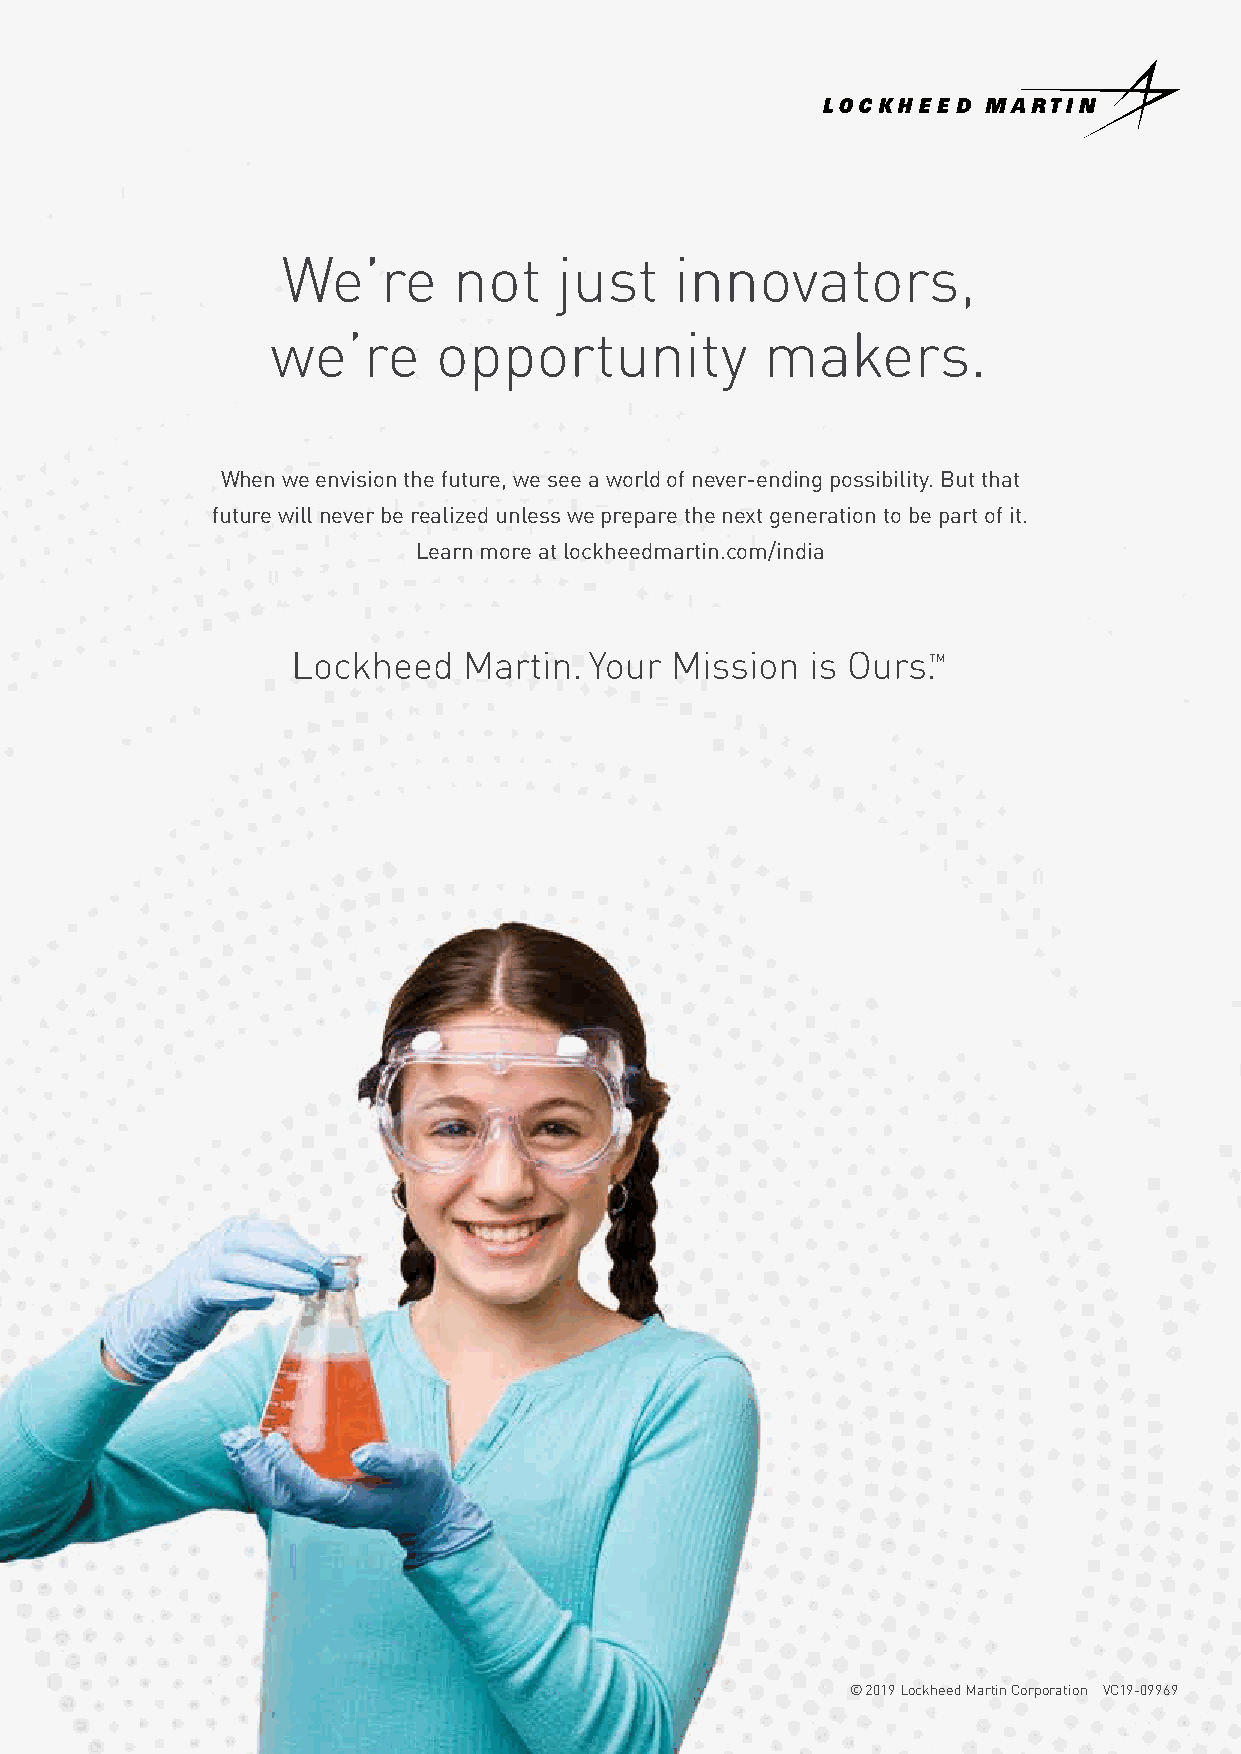
We’re      not    just    innovators,
 we’re      opportunity           makers.
 When we envision the future, we see a world of never-ending possibility. But that
 future will never be realized unless we prepare the next generation to be part of it.
 Learn more at lockheedmartin.com/india
 TM
 © 2019 Lockheed Martin Corporation VC19-09969